Lock hospitals Punjab
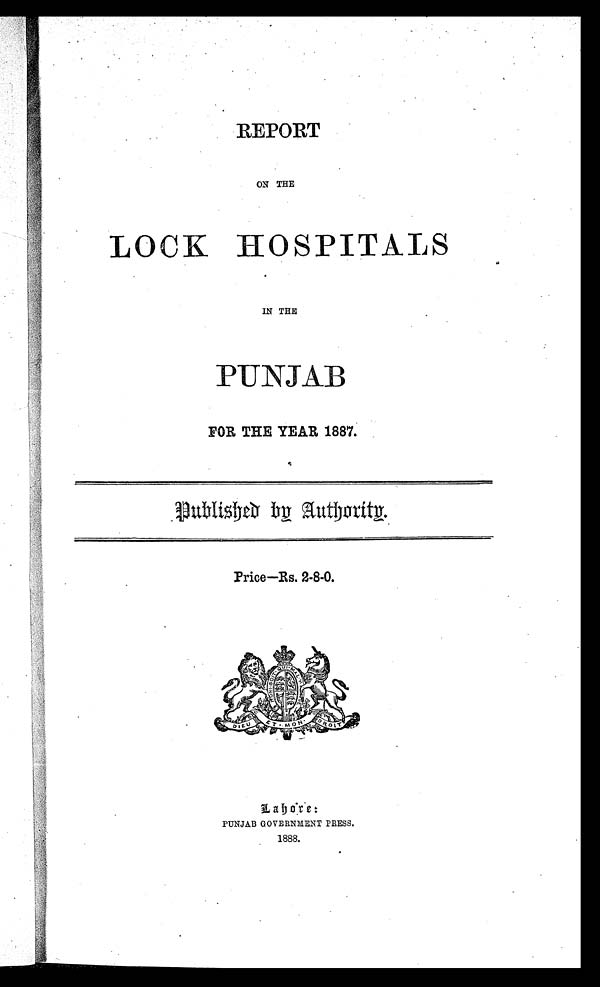
REPORT
ON THE
LOCK HOSPITALS
IN THE
PUNJAB
FOR THE YEAR 1887.
Price—Rs. 2-8-0
.
Lohore :
PUNJAB GOVERNMENT PRESS.
1888.